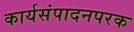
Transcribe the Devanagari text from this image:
कार्यसंपादनपरक